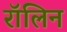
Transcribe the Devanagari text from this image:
रॉलिन